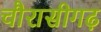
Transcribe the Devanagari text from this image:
चौरासीगढ़